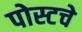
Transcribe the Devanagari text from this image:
पोस्टचे